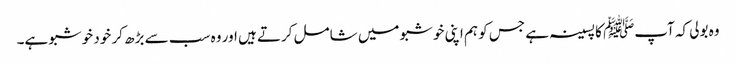
وہ بولی کہ آپﷺ کا پسینہ ہے جس کو ہم اپنی خوشبو میں شامل کرتے ہیں اور وہ سب سے بڑھ کر خود خوشبو ہے۔